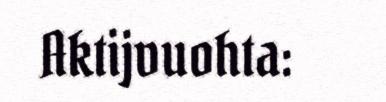
Aktijvuohta: